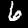
Label: 6